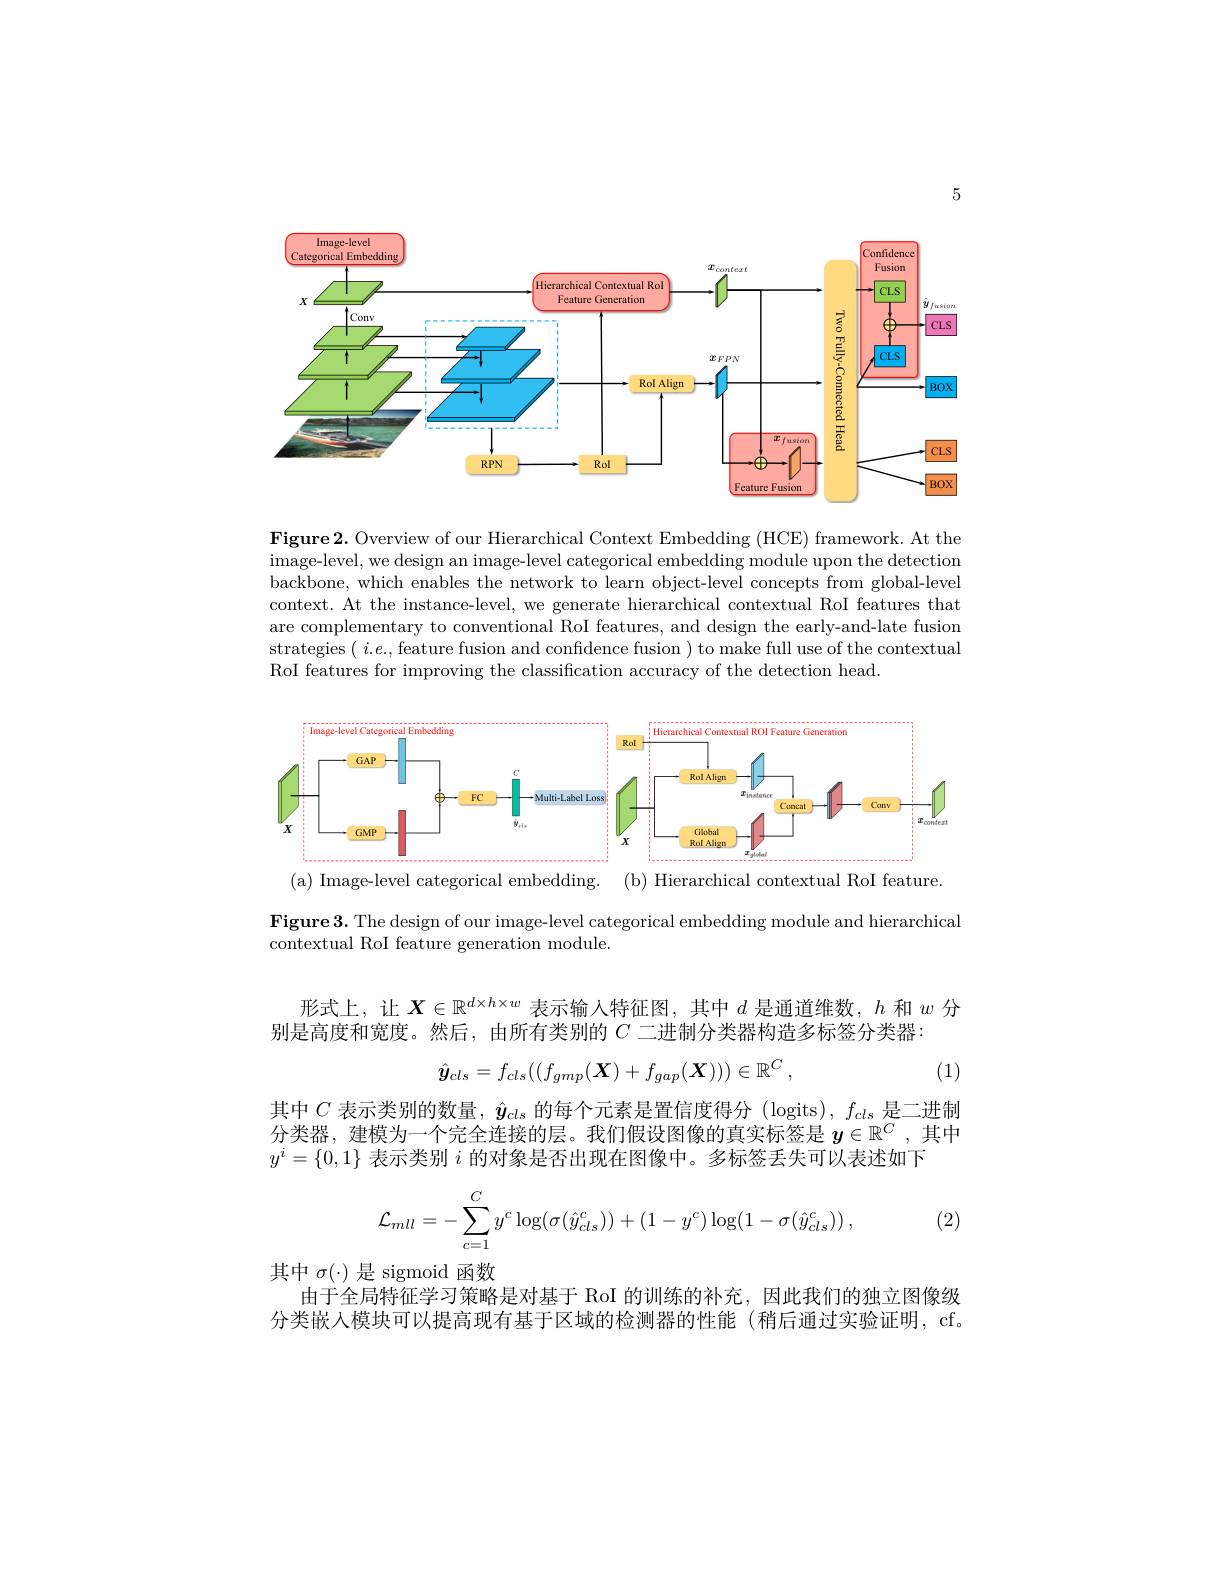
5

<FigureHere>

$\textbf{Figure2. Overview of our Hierarchical Context Embedding ( HCE) framework. At the}$ image-level, we design an image-level categorical embedding module upon the detection backbone, which enables the network to learn object-level concepts from global-level context. At the instance-level, we generate hierarchical contextual RoI features that are complementary to conventional RoI features, and design the early-and-late fusion strategies ( $i. e. $,feature fusion and confidence fusion ) to make full use of the contextual RoI features for improving the classification accuracy of the detection head.

<FigureHere>
( a) Image- level categorical embedding. ( b) Hierarchical contextual RoI feature

Figure3. The design of our image-level categorical embedding module and hierarchical
contextual RoI feature generation module.

形式上，让$\boldsymbol{X}\in\mathbb{R}^d\times h\times w$表示输入特征图，其中$d$是通道维数，$h$和$w$分
别是高度和宽度。然后，由所有类别的$C$二进制分类器构造多标签分类器：
$$\hat{\boldsymbol{y}}_{cls}=f_{cls}((f_{gmp}(\boldsymbol{X})+f_{gap}(\boldsymbol{X})))\in\mathbb{R}^C\:,$$
(1)

其中$C$表示类别的数量，$\hat{y}_{cls}$的每个元素是置信度得分(logits$) , f_{cls}$是二进制分类器，建模为一个完全连接的层。我们假设图像的真实标签是$y\in\mathbb{R}^C$,其中$y^i=\{0,1\}$表示类别$i$的对象是否出现在图像中。多标签丢失可以表述如下
$$\mathcal{L}_{mll}=-\sum_{c=1}^Cy^c\log(\sigma(\hat{y}_{cls}^c))+(1-y^c)\log(1-\sigma(\hat{y}_{cls}^c))\:,$$
(2)

其中$\sigma(\cdot)$是 sigmoid 函数
由于全局特征学习策略是对基于 RoI 的训练的补充，因此我们的独立图像级分类嵌入模块可以提高现有基于区域的检测器的性能(稍后通过实验证明，cf.